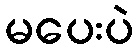
မပေးပဲ